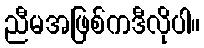
ညီမအဖြစ်ကဒီလိုပါ။